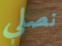
نصلي